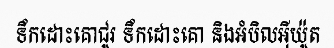
ទឹកដោះគោជូរ ទឹកដោះគោ និងអំបិលអ៊ីយ៉ូត